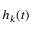
h _ { k } ( t )